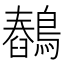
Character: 𪅖